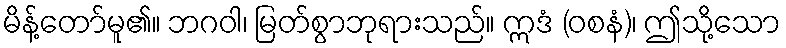
မိန့်တော်မူ၏။ ဘဂဝါ၊ မြတ်စွာဘုရားသည်။ ဣဒံ (ဝစနံ)၊ ဤသို့သော